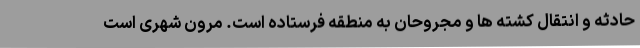
حادثه و انتقال کشته ها و مجروحان به منطقه فرستاده است. مرون شهری است